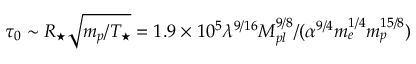
\tau _ { 0 } \sim R _ { \star } \sqrt { m _ { p } / T _ { \star } } = 1 . 9 \times 1 0 ^ { 5 } \lambda ^ { 9 / 1 6 } M _ { p l } ^ { 9 / 8 } / ( \alpha ^ { 9 / 4 } m _ { e } ^ { 1 / 4 } m _ { p } ^ { 1 5 / 8 } )